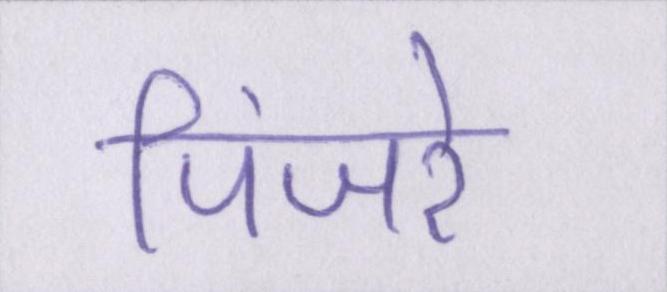
पिंजरे